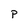
Character: p